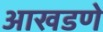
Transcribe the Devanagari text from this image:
आखडणे